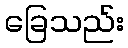
ခြေသည်း